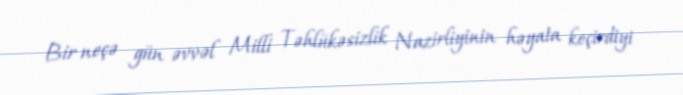
Bir neçə gün əvvəl Milli Təhlükəsizlik Nazirliyinin həyata keçirdiyi